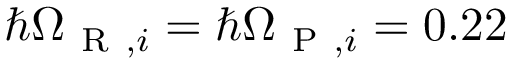
\hbar \Omega _ { \mathrm { ~ R ~ } , i } = \hbar \Omega _ { \mathrm { ~ P ~ } , i } = 0 . 2 2